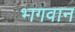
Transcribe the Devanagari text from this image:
भ्‍ागवान